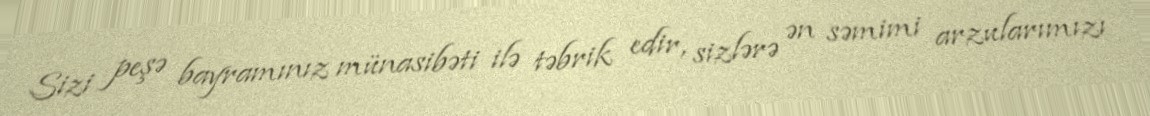
Sizi peşə bayramınız münasibəti ilə təbrik edir, sizlərə ən səmimi arzularımızı